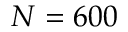
N = 6 0 0